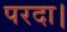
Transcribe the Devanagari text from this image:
परदा।